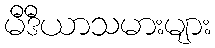
မီဒီယာသမားများ